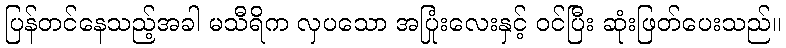
ပြန်တင်နေသည့်အခါ မသီရိက လှပသော အပြုံးလေးနှင့် ဝင်ပြီး ဆုံးဖြတ်ပေးသည်။